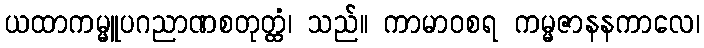
ယထာကမ္မူပဂညာဏစတုတ္ထံ၊ သည်။ ကာမာဝစရ ကမ္မဇာနနကာလေ၊